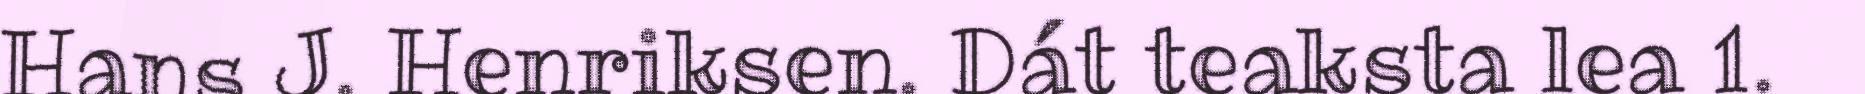
Hans J. Henriksen. Dát teaksta lea 1.